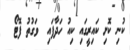
ކުނި ކޮށި ކައިރީގައި ކިއު ހަދާފައި  ވަގުތު ފޮޓޯ